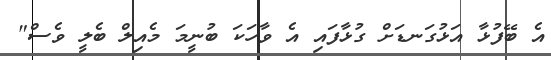
އެ ބޭފުޅާ އަޅުގަނޑަށް ގުޅާފައި އެ ވާހަކަ ބުނީމަ މެއިލް ބެލީ ވެސް"